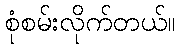
စုံစမ်းလိုက်တယ်။